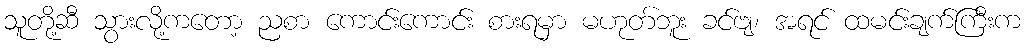
သူတို့ဆီ သွားလို့ကတော့ ညစာ ကောင်းကောင်း စားရမှာ မဟုတ်ဘူး ခင်ဗျ၊ အရင် ထမင်းချက်ကြီးက